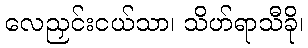
လေညှင်းငယ်သာ၊ သိဟ်ရာသီခို၊